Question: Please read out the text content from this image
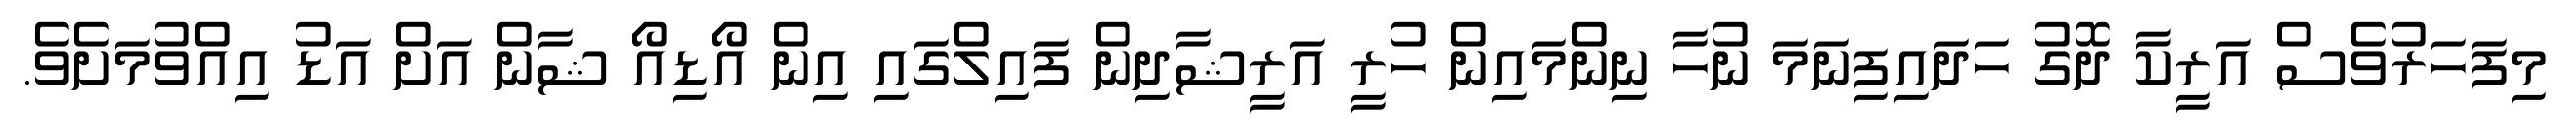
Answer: މިފަހަރުވެސް އަރީކާ ދޮގު ހަދައިފިނަމަ ނުހާ ނިންމައިން ހުރީ އަރީޝާދިން ފައިލްގައި އިން އޯޑިއޯ ޝާން އަށް އަޑު އިއްވުމަށެވެ.